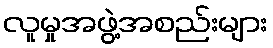
လူမှုအဖွဲ့အစည်းများ